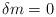
LaTeX: \begin{align*}\delta m=0\end{align*}